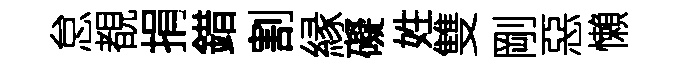
怠覩捐錯割縁礙姓雙剛惡懶